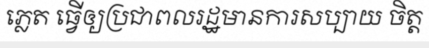
ភ្លេត ធ្វើឲ្យប្រជាពលរដ្ឋមានការសប្បាយ ចិត្ត